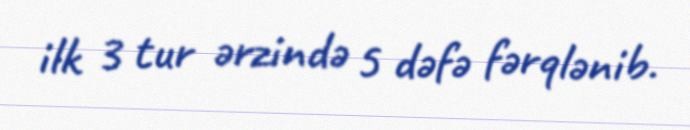
ilk 3 tur ərzində 5 dəfə fərqlənib.